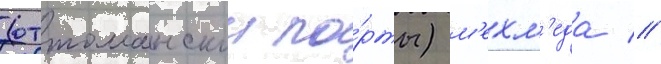
(оттоманскои по́рты) м'ехм'еда //